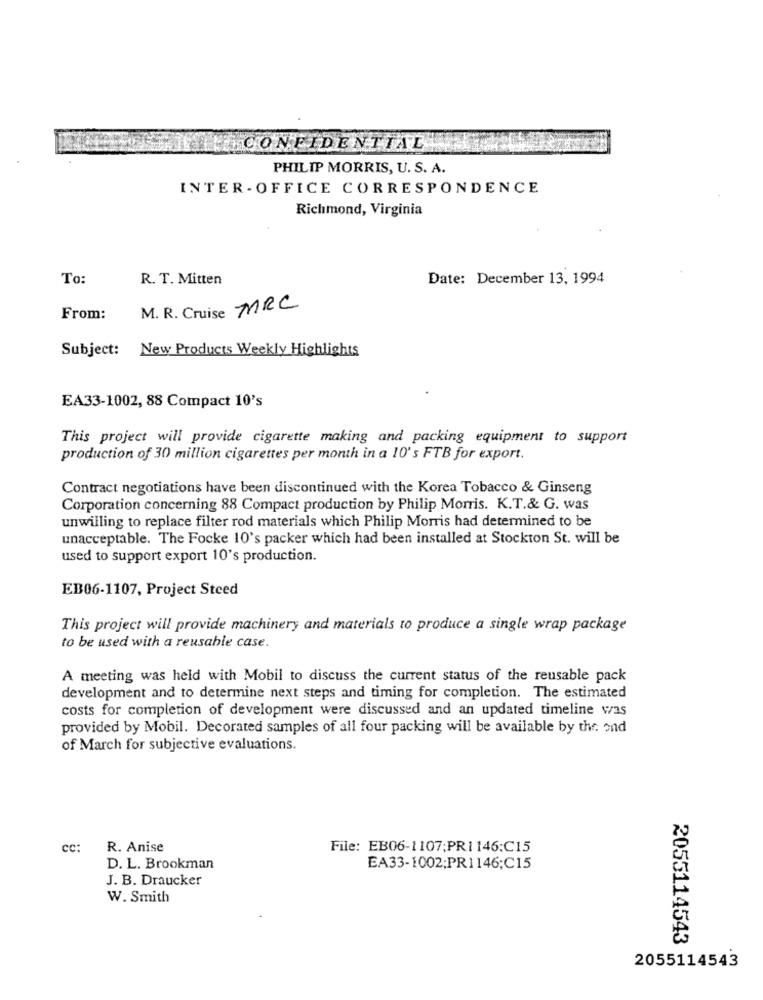
CONFIDENTIAL
PHILIP MORRIS, U. S. A.
INTER - OFFICE CORRESPONDENCE
Richmond, Virginia
To:
R. T. Mitten
Date: December 13, 1994
M. R. Cruise MRC
From:
Subject:
New Products Weekly Highlights
EA33-1002, 88 Compact 10's
This project will provide cigarette making and packing equipment to support
production of 30 million cigarettes per month in a 10's FTB for export.
Contract negotiations have been discontinued with the Korea Tobacco & Ginseng
Corporation concerning 88 Compact production by Philip Morris. K.T.& G. was
unwilling to replace filter rod materials which Philip Morris had determined to be
unacceptable. The Focke 10's packer which had been installed at Stockton St. will be
used to support export 10's production.
EB06-1107, Project Steed
This project will provide machinery and materials to produce a single wrap package
to be used with a reusable case.
A meeting was held with Mobil to discuss the current status of the reusable pack
development and to determine next steps and timing for completion. The estimated
costs for completion of development were discussed and an updated timeline vas
provided by Mobil. Decorated samples of all four packing will be available by the ond
of March for subjective evaluations.
CC:
R. Anise
File: EB06-1107;PRI 146:C15
D. L. Brookman
EA33-1002;PR1146;C15
J. B. Draucker
W. Smith
2055114543
2055114543